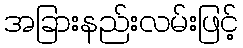
အခြားနည်းလမ်းဖြင့်